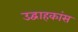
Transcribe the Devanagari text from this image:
उद्वाहकांस